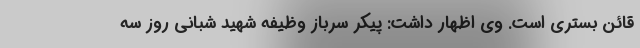
قائن بستری است. وی اظهار داشت: پیکر سرباز وظیفه شهید شبانی روز سه